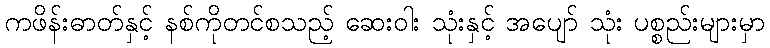
ကဖိန်းဓာတ်နှင့် နစ်ကိုတင်စသည့် ဆေးဝါး သုံးနှင့် အပျော် သုံး ပစ္စည်းများမှာ